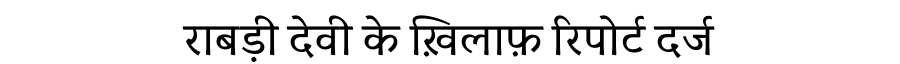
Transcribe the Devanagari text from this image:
राबड़ी देवी के ख़िलाफ़ रिपोर्ट दर्ज